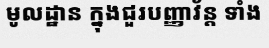
មូលដ្ឋាន ក្នុងជួរបញ្ញាវ័ន្ត ទាំង